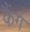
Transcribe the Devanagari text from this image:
कैंग